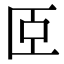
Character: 𦣞